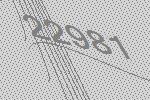
22981